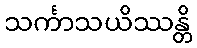
သင်္ကာသယိဿန္တိ